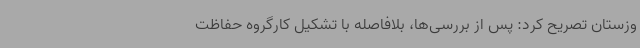
وزستان تصریح کرد: پس از بررسی‌ها، بلافاصله با تشکیل کارگروه حفاظت